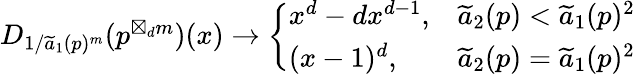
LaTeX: \begin{array}{r}{D_{1/\widetilde{a}_{1}(p)^{m}}(p^{\boxtimes_{d}m})(x)\rightarrow\left\{ \begin{array}{ll}{x^{d}-dx^{d-1},}&{\widetilde{a}_{2}(p)<\widetilde{a}_{1}(p)^{2}}\\ {(x-1)^{d},}&{\widetilde{a}_{2}(p)=\widetilde{a}_{1}(p)^{2}}\end{array}\right.}\end{array}